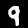
Digit: 9